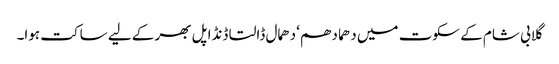
گلابی شام کے سکوت میں دھما دھم‘ دھمال ڈالتا ڈنڈا پل بھر کے لیے ساکت ہوا۔